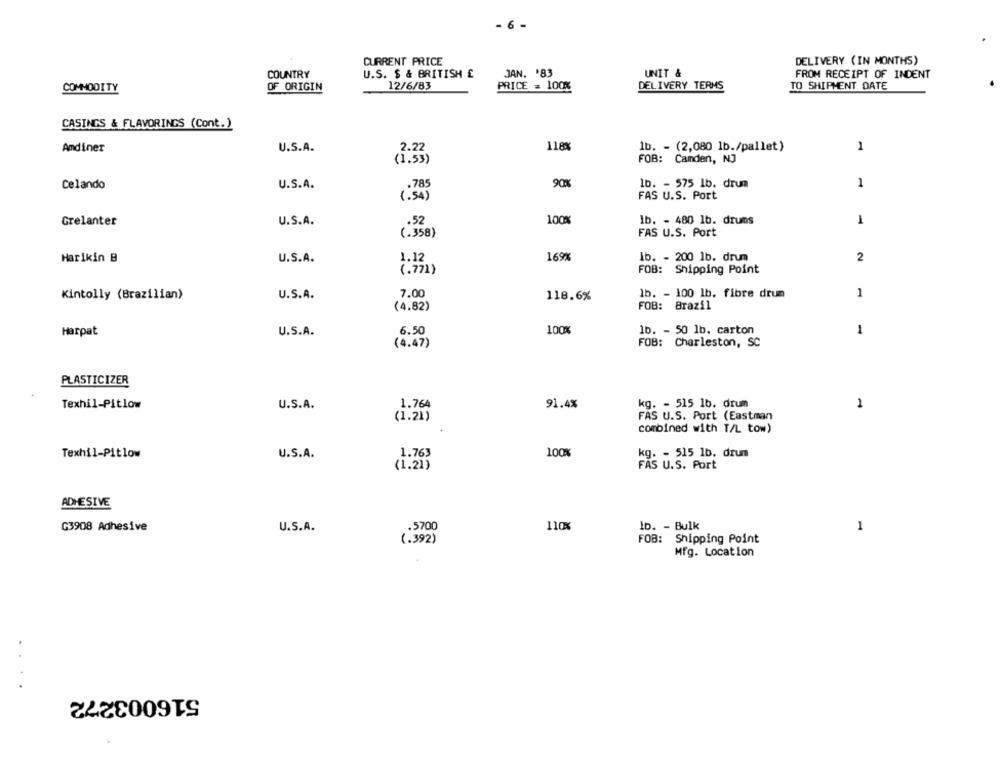
- 6 -
CURRENT PRICE
DELIVERY (IN MONTHS)
COUNTRY
U.S. $ & BRITISH £
JAN. '83
UNIT &
FROM RECEIPT OF INDENT
12/6/83
DELIVERY TERMS
COMMODITY
OF ORIGIN
PRICE = 100%
TO SHIPMENT DATE
CASINGS & FLAVORINGS (Cont.)
Amdiner
U.S.A.
2.22
118%
1b. - (2,080 lb./pallet)
1
(1.53)
FOB: Canden, NJ
.785
90%
lb. - 575 1b. drum
1
Celando
U.S.A.
(.54)
FAS U.S. Port
U.S.A.
.52
100%
lb. - 480 1b. drums
1
Grelanter
(.358)
FAS U.S. Port
Harikin B
U.S.A.
1.12
169%
lb. - 200 1b. drum
2
(.771)
FOB: Shipping Point
Kintolly (Brazilian)
U.S.A.
7.00
118.6%
lb. - 100 lb. fibre drum
1
(4.82)
FOB: Brazil
Harpat
U.S.A.
6.50
100%
1b. - 50 1b. carton
1
(4.47)
FOB: Charleston, SC
PLASTICIZER
U.S.A.
1.764
91.4%
kg. - 515 1b. drum
1
Texhil-Pitlow
(1.21)
FAS U.S. Port (Eastman
combined with T/L tow)
Texhil-Pitlow
U.S.A.
1.763
100%
kg. - 515 1b. drum
FAS U.S. Port
(1.21)
ADHESIVE
G3908 Adhesive
.5700
110%
Ib. - Bulk
1
U.S.A.
(.392)
FOB: Shipping Point
Mfg. Location
....
516003272